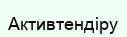
Активтендіру